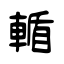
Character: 輴